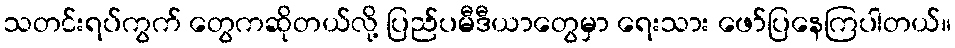
သတင်းရပ်ကွက် တွေကဆိုတယ်လို့ ပြည်ပမီဒီယာတွေမှာ ရေးသား ဖော်ပြနေကြပါတယ်။